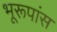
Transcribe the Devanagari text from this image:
भूरूपांस